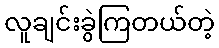
လူချင်းခွဲကြတယ်တဲ့